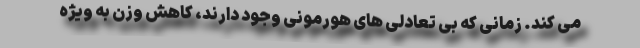
می کند. زمانی که بی تعادلی های هورمونی وجود دارند، کاهش وزن به ویژه